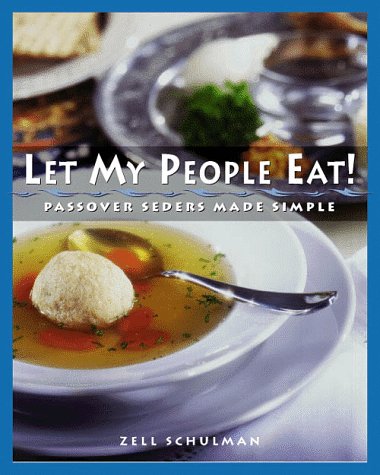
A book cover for Let My People Eat!: Passover Seders Made Simple; Herbert Bronstein; Cookbooks, Food & Wine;